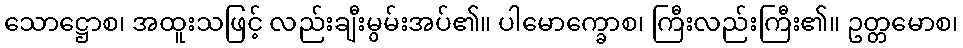
သောဋ္ဌောစ၊ အထူးသဖြင့် လည်းချီးမွမ်းအပ်၏။ ပါမောက္ခောစ၊ ကြီးလည်းကြီး၏။ ဥတ္တမောစ၊